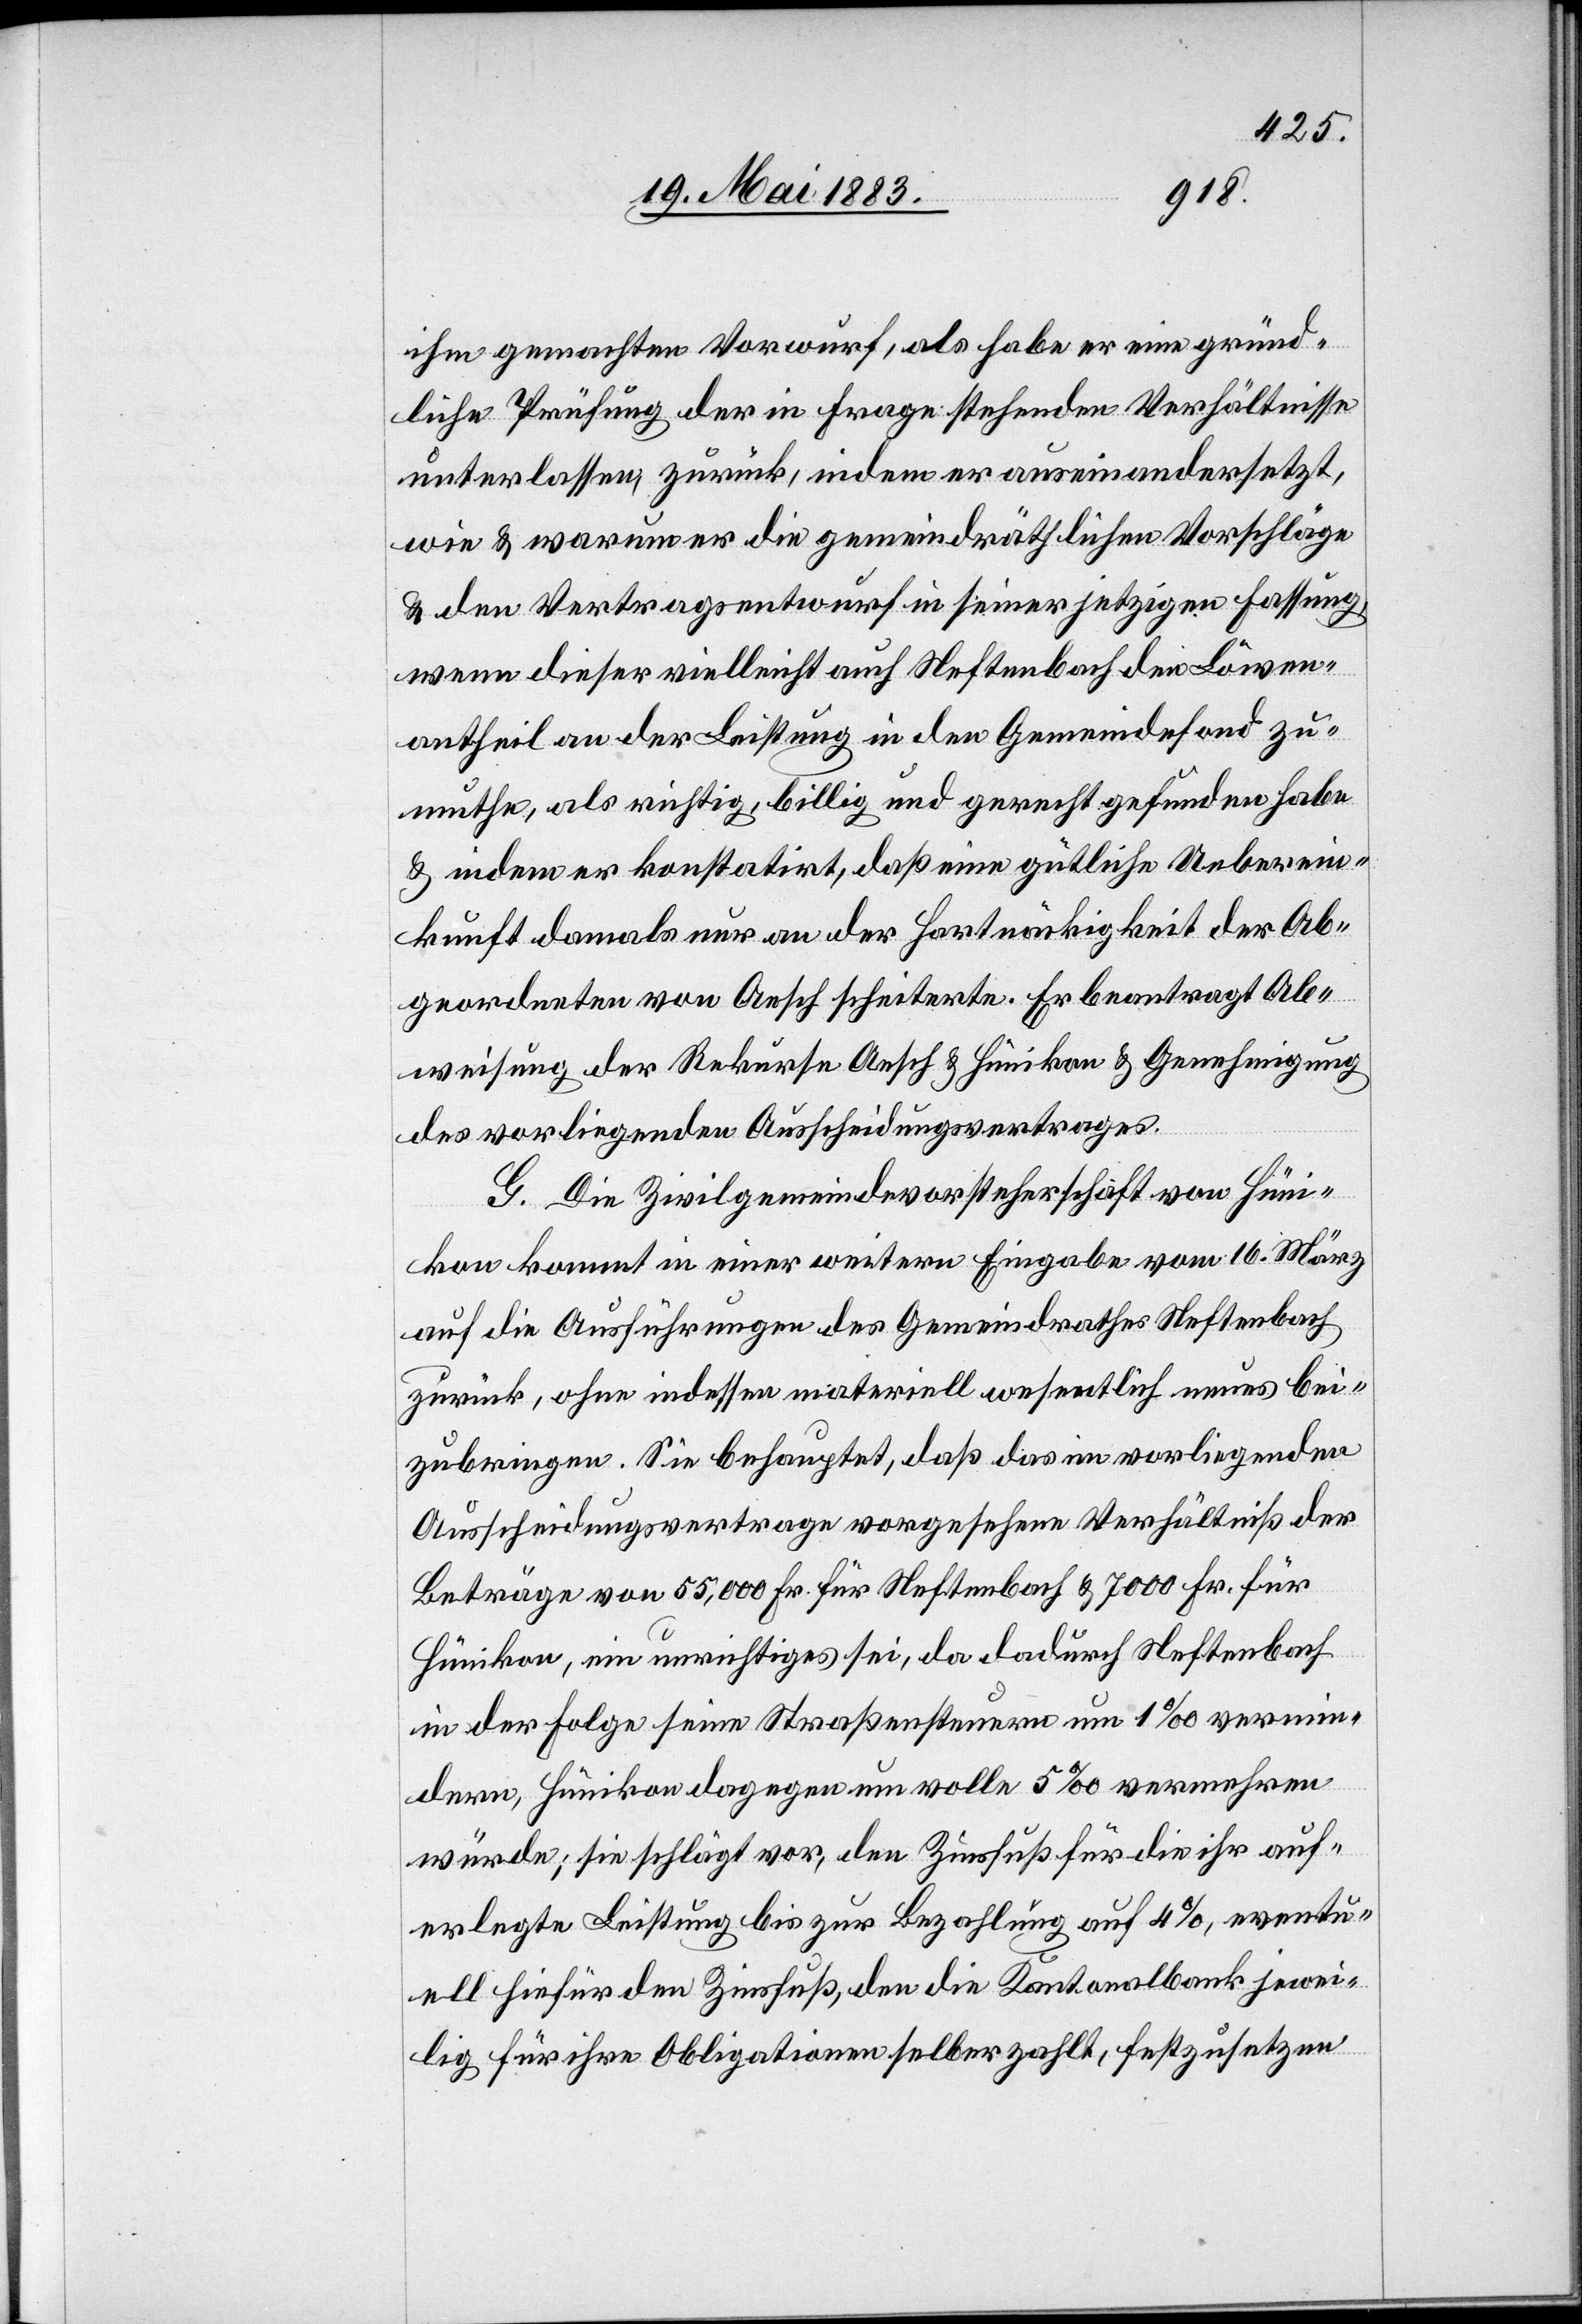
ihm gemachten Vorwurf, als habe er eine gründ¬
liche Prüfung der in Frage stehenden Verhältnisse
unterlassen, zurück, indem er auseinandersetzt,
wie & warum er die gemeindräthlichen Vorschläge
& den Vertragsentwurf in seiner jetzigen Fassung
wenn dieser vielleicht auch Neftenbach den Löwen¬
antheil an der Leistung in den Gemeindefond zu¬
muthe, als richtig, billig und gerecht gefunden habe
& indem er konstatirt, das eine gütliche Ueberein¬
kunft damals nur an der Hartnäckigkeit der Ab¬
geordneten von Aesch scheiterte. Er beantragt Ab¬
weisung der Rekurse Aesch & Hünikon & Genehmigung
des vorliegenden Ausscheidungsvertrages.
G. Die Zivilgemeindevorsteherschaft von Hüni¬
kon kommt in einer weitern Eingabe vom 16. März
auf die Ausführungen des Gemeindrathes Neftenbach
zurück, ohne indessen materiell wesentlich Neues bei¬
zubringen. Sie behauptet, daß das im vorliegenden
Ausscheidungsvetrage vorgesehene Verhältniß der
Beträge von 55,000 Fr. für Neftenbach & 7000 Fr. für
Hünikon, ein unrichtiges sei, da dadurch Neftenbach
in der Folge seine Straßensteuern um 1‰ vermin¬
dern, Hünikon dagegen um volle 5‰ vermehren
würde; sie schlägt vor, den Zinsfuß für die ihr auf¬
erlegte Leistung bis zur Bezahlung auf 4%, eventu¬
ell hiefür den Zinsfuß, den die Kantonalbank jewei¬
lig für ihre Obligationen selber zahle, festzusetzen